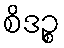
စိဒဉ္စ